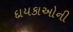
દાયકાઓની